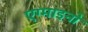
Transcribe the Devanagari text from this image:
एग्माइनो